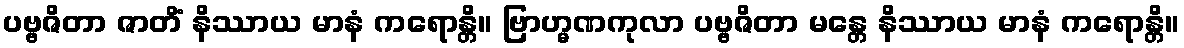
ပဗ္ဗဇိတာ ဇာတိံ နိဿာယ မာနံ ကရောန္တိ။ ဗြာဟ္မဏကုလာ ပဗ္ဗဇိတာ မန္တေ နိဿာယ မာနံ ကရောန္တိ။